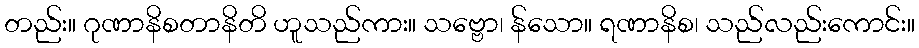
တည်း။ ဂုဏာနိစတာနိတိ ဟူသည်ကား။ သဗ္ဗော၊ န်သော။ ရဏာနိစ၊ သည်လည်းကောင်း။